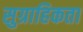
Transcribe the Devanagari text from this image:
सुग्राहिकता